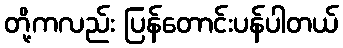
တို့ကလည်း ပြန်တောင်းပန်ပါတယ်